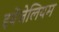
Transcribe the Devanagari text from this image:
इवेंजेलियम